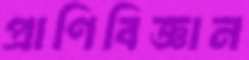
প্রাণিবিজ্ঞান